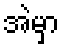
အဲမှာ